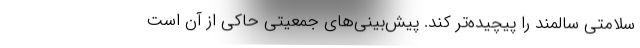
سلامتی سالمند را پیچیده‌تر کند. پیش‌بینی‌های جمعیتی حاکی از آن است